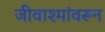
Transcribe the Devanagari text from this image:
जीवाश्मांवरून